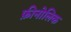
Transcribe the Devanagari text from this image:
फ़ीनोलिक